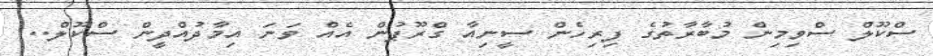
ސްކޫލް ސްވިމިން މުބާރާތުގެ ފިރިހެން ސީނިއާ ގްރޫޕުން އެއް ވަނަ އިމާދުއްދީން ސްކޫލް..